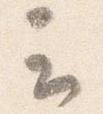
云